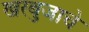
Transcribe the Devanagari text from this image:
खरबुजाचे